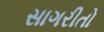
સાગરીતો